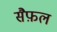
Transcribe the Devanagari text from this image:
सैफ़ल